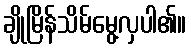
ချိုမြိန်သိမ်မွေ့လှပါ၏။